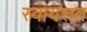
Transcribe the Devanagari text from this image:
स्वायत्तत